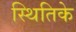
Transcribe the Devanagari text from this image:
स्थितिके